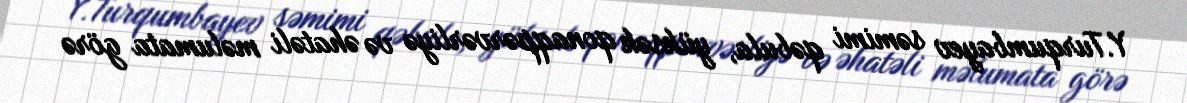
Y.Turqumbayev səmimi qəbula, yüksək qonaqpərvərliyə və əhatəli məlumata görə